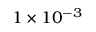
1 \times 1 0 ^ { - 3 }